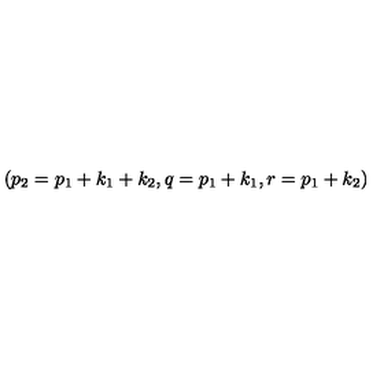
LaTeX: \left( p _ { 2 } = p _ { 1 } + k _ { 1 } + k _ { 2 } , q = p _ { 1 } + k _ { 1 } , r = p _ { 1 } + k _ { 2 } \right)